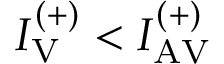
I _ { \mathrm { V } } ^ { ( + ) } < I _ { \mathrm { A V } } ^ { ( + ) }